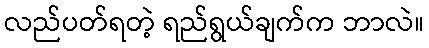
လည်ပတ်ရတဲ့ ရည်ရွယ်ချက်က ဘာလဲ။